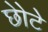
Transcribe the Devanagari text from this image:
छोेटे